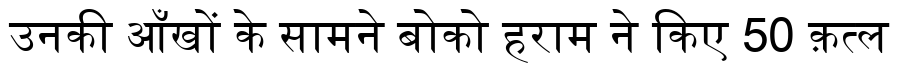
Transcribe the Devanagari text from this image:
उनकी आँखों के सामने बोको हराम ने किए 50 क़त्ल